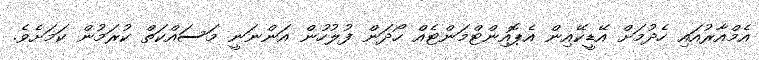
އެމްއާރުއައި ހެދުމަށް އޭޑީކޭއިން އެޕޮއިންޓްމަންޓެއް ހޯދަން ފުލުހުން އަންނަނީ މަސައްކަތް ކުރަމުން ކަމަށެވެ.